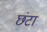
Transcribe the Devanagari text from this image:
छंटा